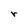
Character: r